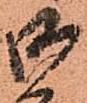
御